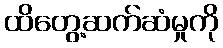
ထိတွေ့ဆက်ဆံမှုကို